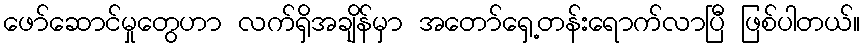
ဖော်ဆောင်မှုတွေဟာ လက်ရှိအချိန်မှာ အတော်ရှေ့တန်းရောက်လာပြီ ဖြစ်ပါတယ်။